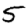
Digit: 5